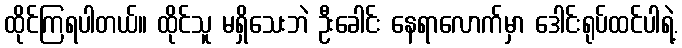
ထိုင်ကြရပါတယ်။ ထိုင်သူ မရှိသေးဘဲ ဦးခေါင်း နေရာလောက်မှာ ဒေါင်းရုပ်ထင်ပါရဲ့.